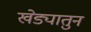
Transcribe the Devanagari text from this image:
खेड्यातुन